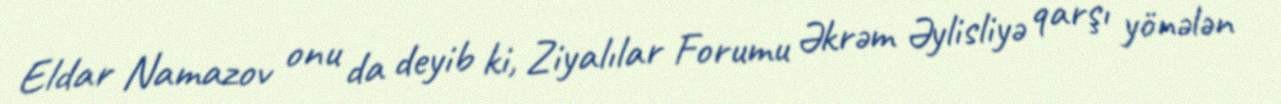
Eldar Namazov onu da deyib ki, Ziyalılar Forumu Əkrəm Əylisliyə qarşı yönələn